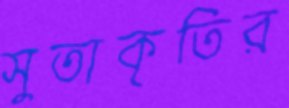
সুতাকৃতির